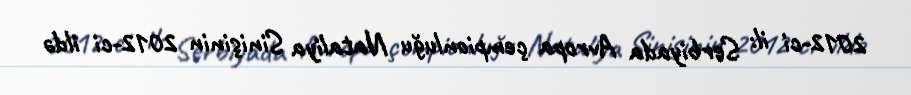
2012-ci il: Serbiyada Avropa çempionluğu Nataliya Sinişinin 2012-ci ildə